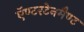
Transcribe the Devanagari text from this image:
ऍण्टरटेनमैण्ट